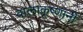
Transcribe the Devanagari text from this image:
बालाकृष्णानी